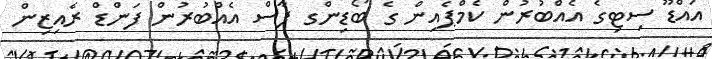
އައްޑޫ ސިޓިގެ އެއްބުރުން ކެމްޕެއިން ގެ ބޯޑިންގ ޕާސް އެއްބުރުން ފަންޑް ރެއިޒިން